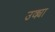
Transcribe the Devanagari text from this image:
उक्या